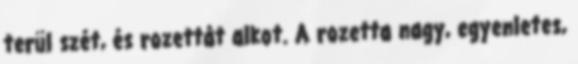
terül szét, és rozettát alkot. A rozetta nagy, egyenletes,